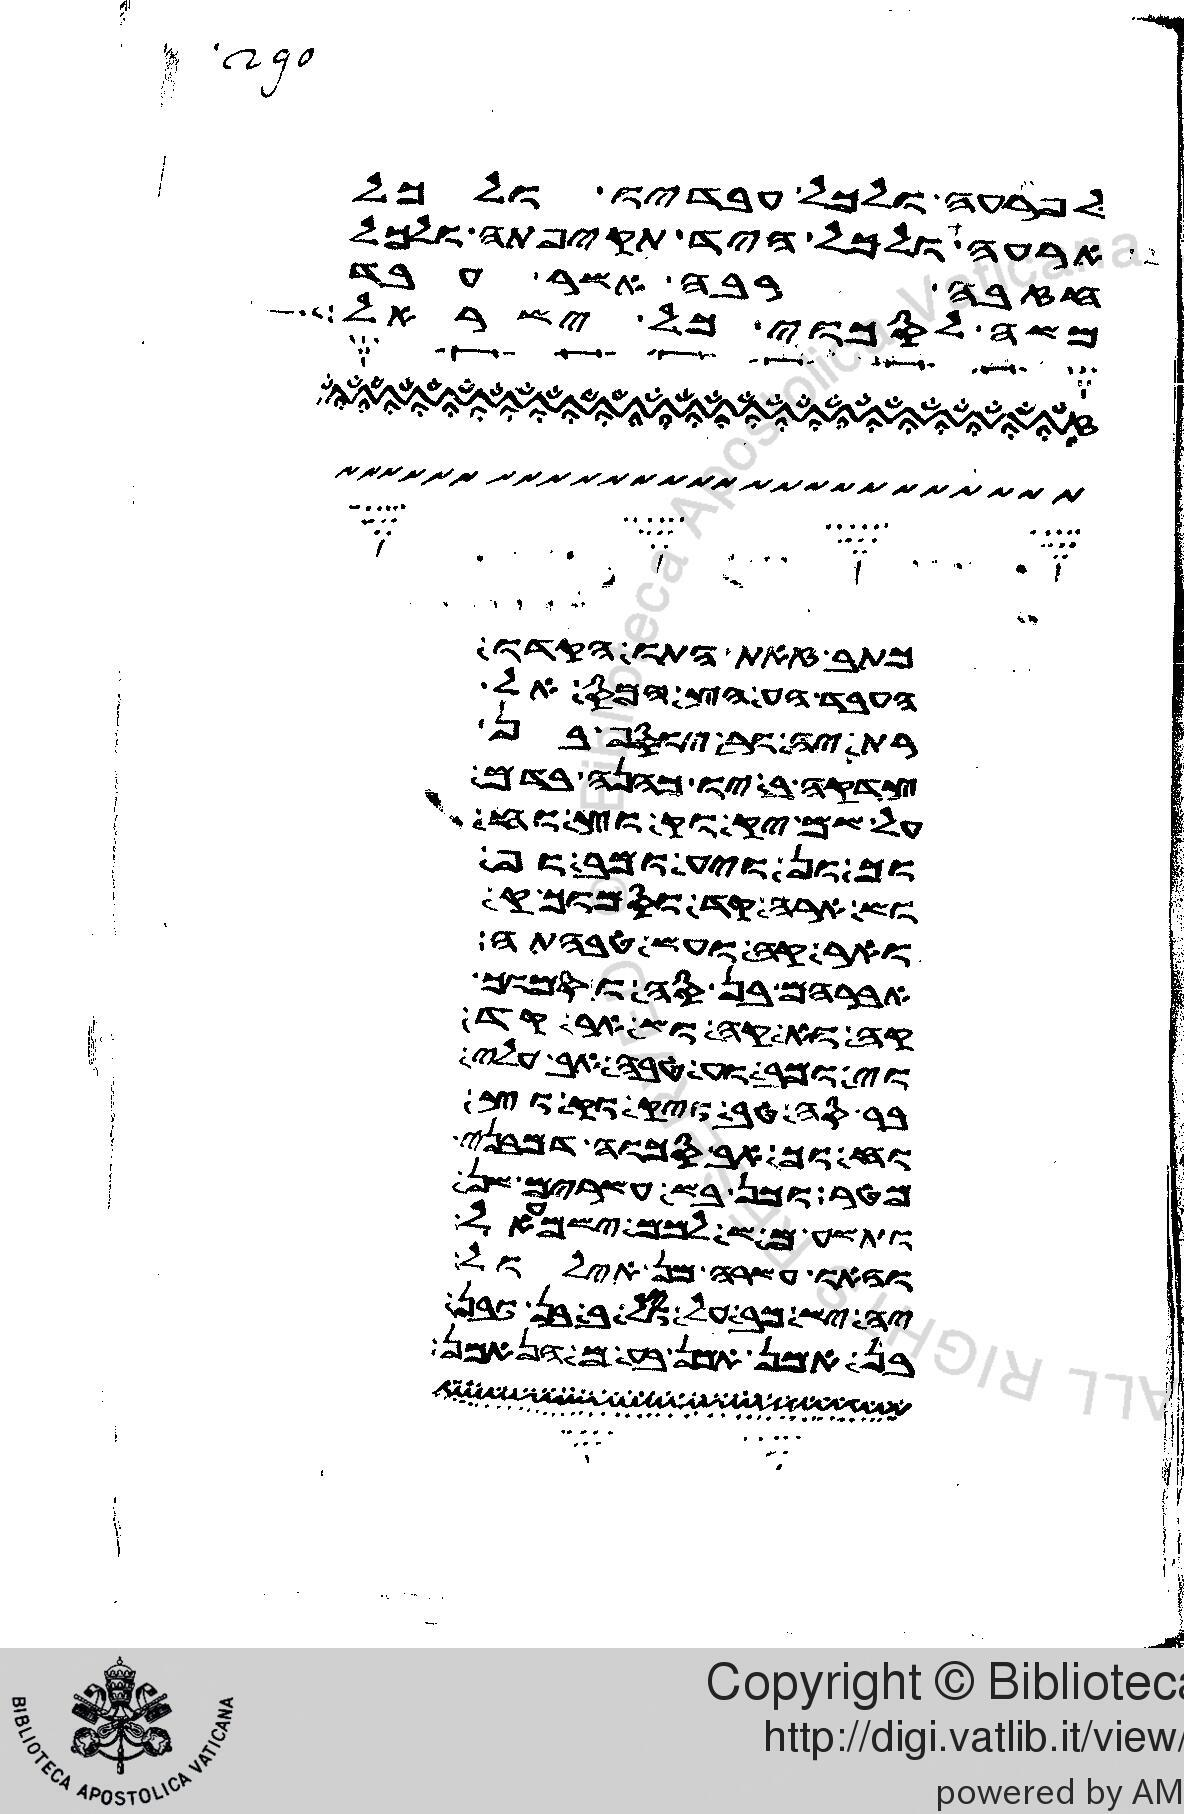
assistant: לפרעה ולכל עבדיו ולכל
ארעה ולכל היד אדה תקיפתה ולכל
חזבה רבה אשר דעבד
משה לסכוי כל ישראל
כתב אלהים הוא
ועבד יהושע כמה דאמר לו
ית יוסף מן
לחדה מבריו כהניה
על נפשה יקומון ואם
אחוכון לואי מבגו
ואמר קומו פקו
ואנקבה ומן בהמתה
ואברהם הוו
לה הנאה ואמר
ולאחיו וזעף בה אביו
ברסה ונטלו מרסה ושרו
ואסחנותך בגו בני
ואמר לון בר מאה ועסרים שתה
וזעק משה לכל ישראל
וארמה מן אדיו
יהוה אלהך כל עבד אלין אן
מן אדמה שבע זבנואן